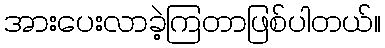
အားပေးလာခဲ့ကြတာဖြစ်ပါတယ်။